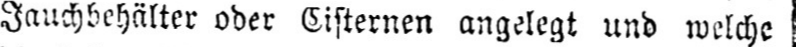
Jauchbehälter ober Cisternen angelegt und welche